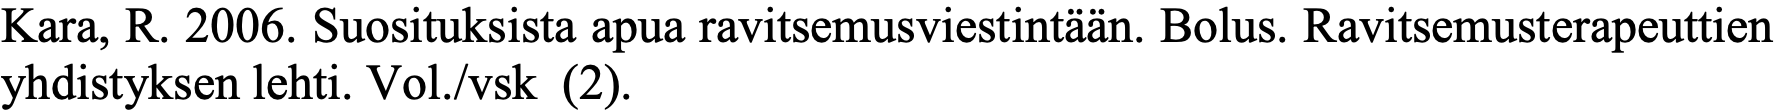
Kara, R. 2006. Suosituksista apua ravitsemusviestintään. Bolus. Ravitsemusterapeuttien yhdistyksen lehti. Vol./vsk (2).